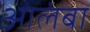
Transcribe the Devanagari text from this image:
आलंबा